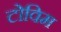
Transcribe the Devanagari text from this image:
टोविम